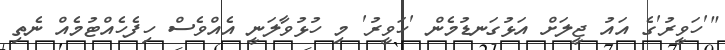
"'ހަވީރު'ގެ އައު ޖީލަށް އަޅުގަނޑުމެން 'ހަވީރު' މި ހުޅުވާލަނީ އެއްވެސް ހިފެހެއްޓުމެއް ނެތި